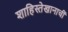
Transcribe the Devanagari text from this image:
शाहिस्तेखानाचीं